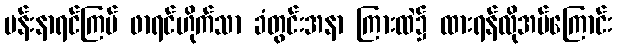
ပန်းနာရင်ကြပ် ဖာရင်ဟိုက်သာ ခံတွင်းအနာ ကြားထဲ၌ ထားရန်လိုအပ်ကြောင်း